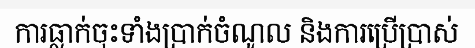
ការធ្លាក់ចុះទាំងប្រាក់ចំណូល និងការប្រើប្រាស់